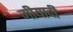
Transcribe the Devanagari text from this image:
मीयादी